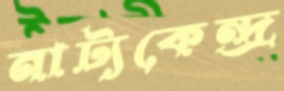
নাট্যকেন্দ্র